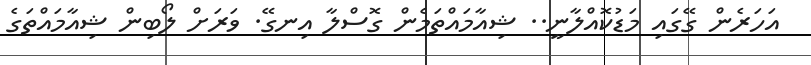
އަހަރެން ގޭގައި މަޑުކޮއްލާނީ.. ޝިއާމައްތަމެން ގޮސްލާ އިނގޭ. ވަރަށް ލޯބިން ޝިއާމައްތަގެ